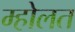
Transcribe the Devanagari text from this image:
म्होलत